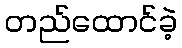
တည်ထောင်ခဲ့